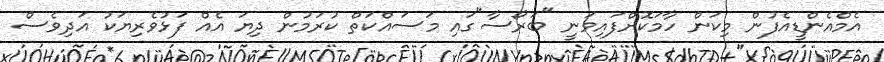
އެމްއެންޑީއެފުން މިކަން ހާމަކޮށްފައިވަނީ "ބަރޯސާ"ގައި މަސައްކަތް ކުރަމުން ދިޔަ އެއް ފަޅުވެރިޔަކު އަދިވެސް